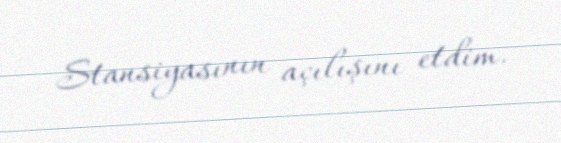
Stansiyasının açılışını etdim.